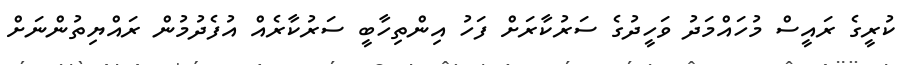
ކުރީގެ ރައީސް މުހައްމަދު ވަހީދުގެ ސަރުކާރަށް ފަހު އިންތިހާބީ ސަރުކާރެއް އުފެދުމުން ރައްޔިތުންނަށް